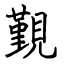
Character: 覲